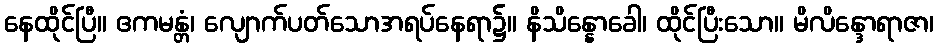
နေထိုင်ပြီ။ ဧကမန္တံ၊ လျောက်ပတ်သောအရပ်နေရာ၌။ နိသိန္နောခေါ၊ ထိုင်ပြီးသော။ မိလိန္ဒောရာဇာ၊